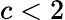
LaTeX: c<2